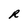
Character: R